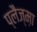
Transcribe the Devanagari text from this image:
प्लैज्म़ा